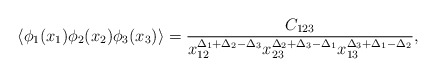
\begin{align*}\langle\phi_{1}(x_{1})\phi_{2}(x_{2})\phi_{3}(x_{3})\rangle=\frac{C_{123}}{x_{12}^{\Delta_{1}+\Delta_{2}-\Delta_{3}}x_{23}^{\Delta_{2}+\Delta_{3}-\Delta_{1}}x_{13}^{\Delta_{3}+\Delta_{1}-\Delta_{2}}},\end{align*}